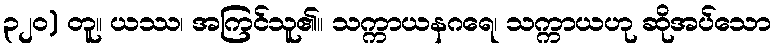
၃၂၀) တူ။ ယဿ၊ အကြင်သူ၏။ သက္ကာယနဂရေ၊ သက္ကာယဟု ဆိုအပ်သော